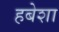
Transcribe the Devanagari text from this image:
हबेशा